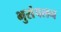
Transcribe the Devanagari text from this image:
भुसंचलन